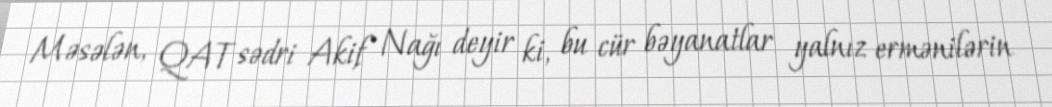
Məsələn, QAT sədri Akif Nağı deyir ki, bu cür bəyanatlar yalnız ermənilərin